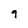
Character: 9